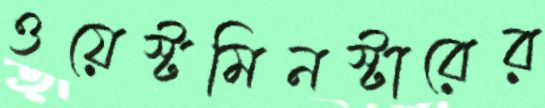
ওয়েস্টমিনস্টারের